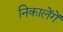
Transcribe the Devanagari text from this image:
निकालेंगें